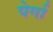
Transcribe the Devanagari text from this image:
पेर्गा